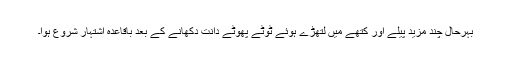
بہرحال چند مزید پیلے اور کتھے میں لتھڑے ہوئے ٹوٹے پھوٹے دانت دکھانے کے بعد باقاعدہ اشتہار شروع ہوا۔